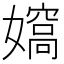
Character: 𡢠